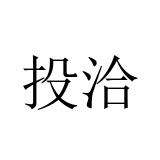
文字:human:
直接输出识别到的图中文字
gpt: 投洽